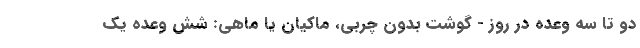
دو تا سه وعده در روز - گوشت بدون چربی، ماکیان یا ماهی: شش وعده یک